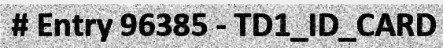
# Entry 96385 - TD1_ID_CARD